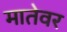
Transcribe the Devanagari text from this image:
मातेवर